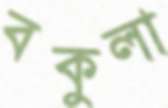
বকুলা